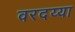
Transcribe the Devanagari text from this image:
वरदय्या